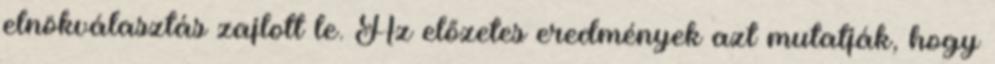
elnökválasztás zajlott le. Az előzetes eredmények azt mutatják, hogy